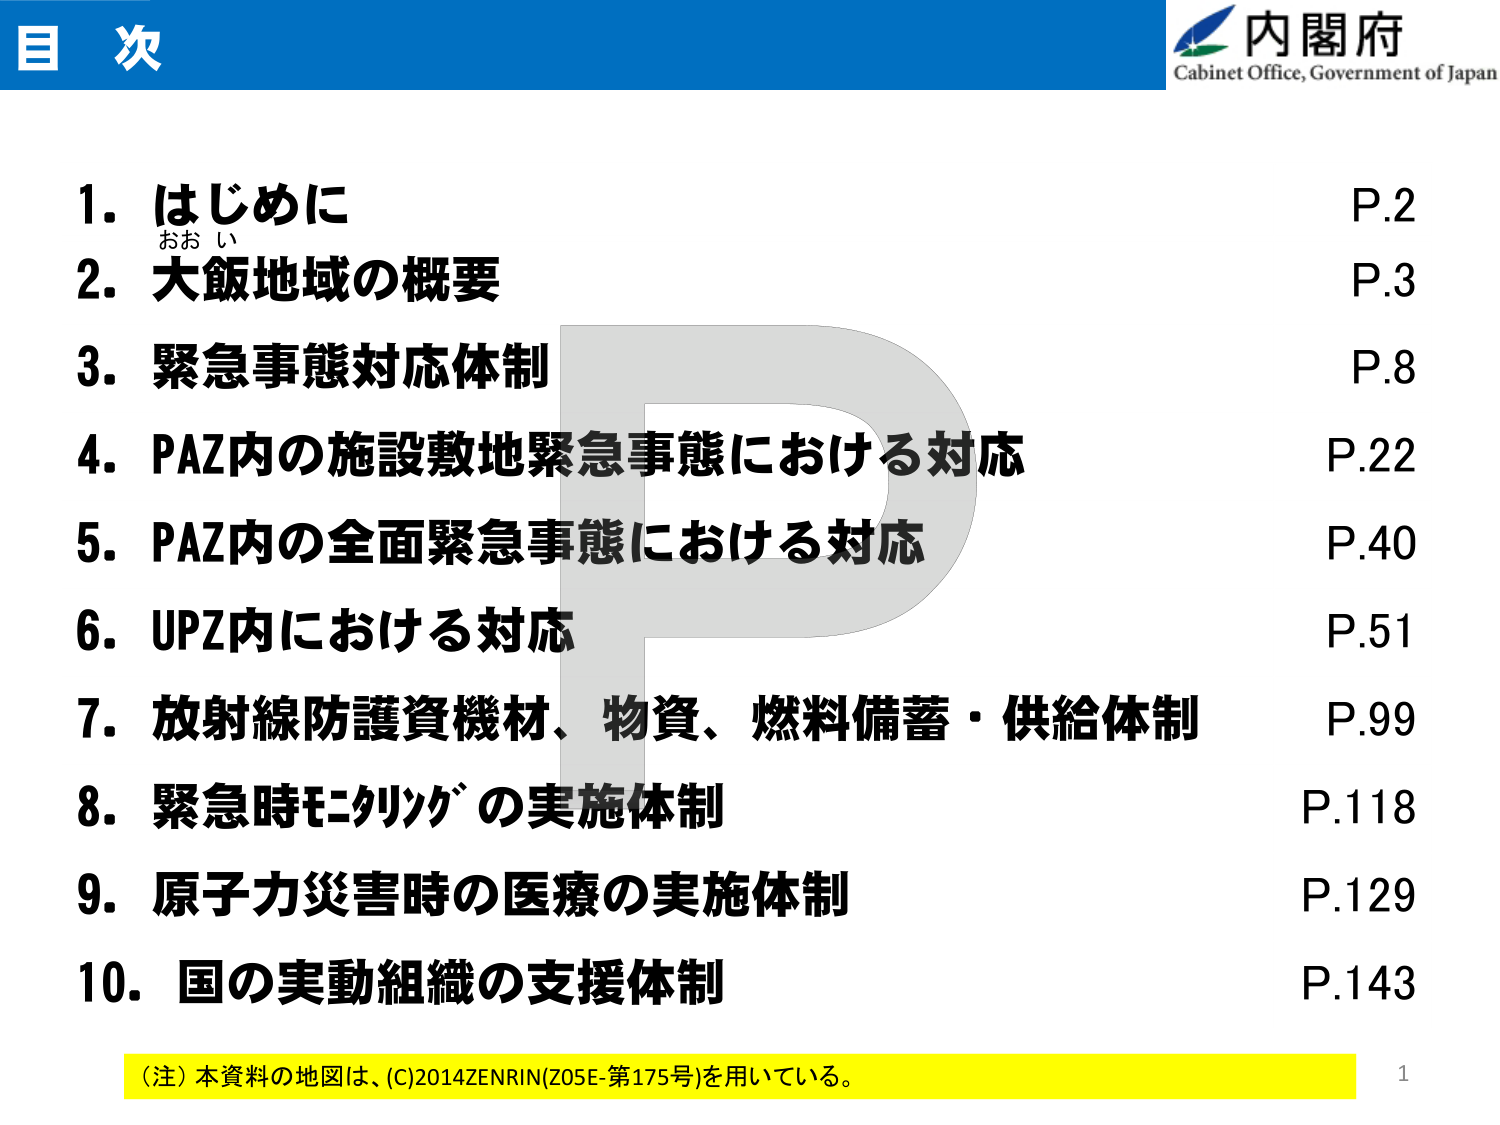
目 次
内閣府
Cabinet Office, Government of Japan

1. はじめに
　おお い
P.2
2. 大飯地域の概要
P.3
3. 緊急事態対応体制
P.8
4. PAZ内の施設敷地緊急事態における対応
P.22
5. PAZ内の全面緊急事態における対応
P.40
6. UPZ内における対応
P.51
7. 放射線防護資機材、物資、燃料備蓄・供給体制
P.99
8. 緊急時モニタリングの実施体制
P.118
9. 原子力災害時の医療の実施体制
P.129
10. 国の実動組織の支援体制
P.143

（注）本資料の地図は、(C)2014ZENRIN(Z05E-第175号)を用いている。
1